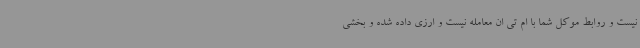
نیست و روابط موکل شما با ام تی ان معامله نیست و ارزی داده شده و بخشی